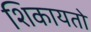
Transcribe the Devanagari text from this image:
शिकायतो